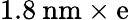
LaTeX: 1.8\: \mathrm{nm}\times\mathrm{e}